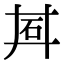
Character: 𬑽